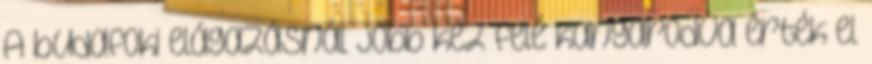
A budafoki elágazásnál jobb kéz felé kanyarodva érték el